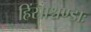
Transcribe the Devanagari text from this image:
हिंस्राश्चण्डाः